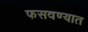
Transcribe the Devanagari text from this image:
फसवण्यात